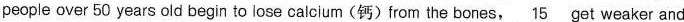
people over 50 years old begin to lose calcium(钙)from the bones, \underline{15} get weaker and